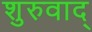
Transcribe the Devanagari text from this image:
शुरुवाद्